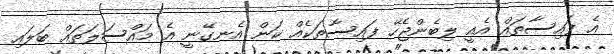
އެ ފައިސާތައް އެއީ ލިބެންޖެހޭ ފައިސާތަކެއް ކަން އެނގޭނީ އެ މައްސަލަތައް ބަލައި